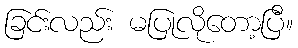
ခြင်းလည်း မပြုလိုတော့ပြီ။